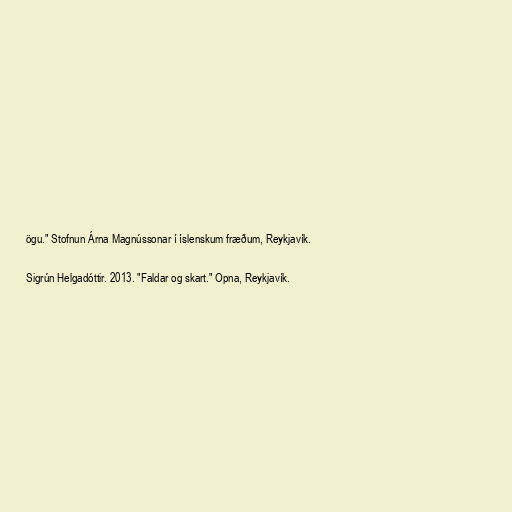
ögu." Stofnun Árna Magnússonar í íslenskum fræðum, Reykjavík.

Sigrún Helgadóttir. 2013. "Faldar og skart." Opna, Reykjavík.